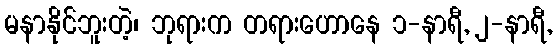
မနာနိုင်ဘူးတဲ့၊ ဘုရားက တရားဟောနေ ၁-နာရီ, ၂-နာရီ,